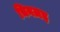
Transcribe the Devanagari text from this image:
चिनज़इ